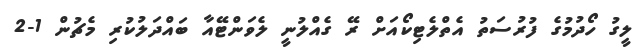
ލީގު ހޯދުމުގެ ފުރުސަތު އެތްލެޓިކޯއަށް ރޭ ގެއްލުނީ ލެވަންޓޭއާ ބައްދަލުކުރި މެޗުން 1-2